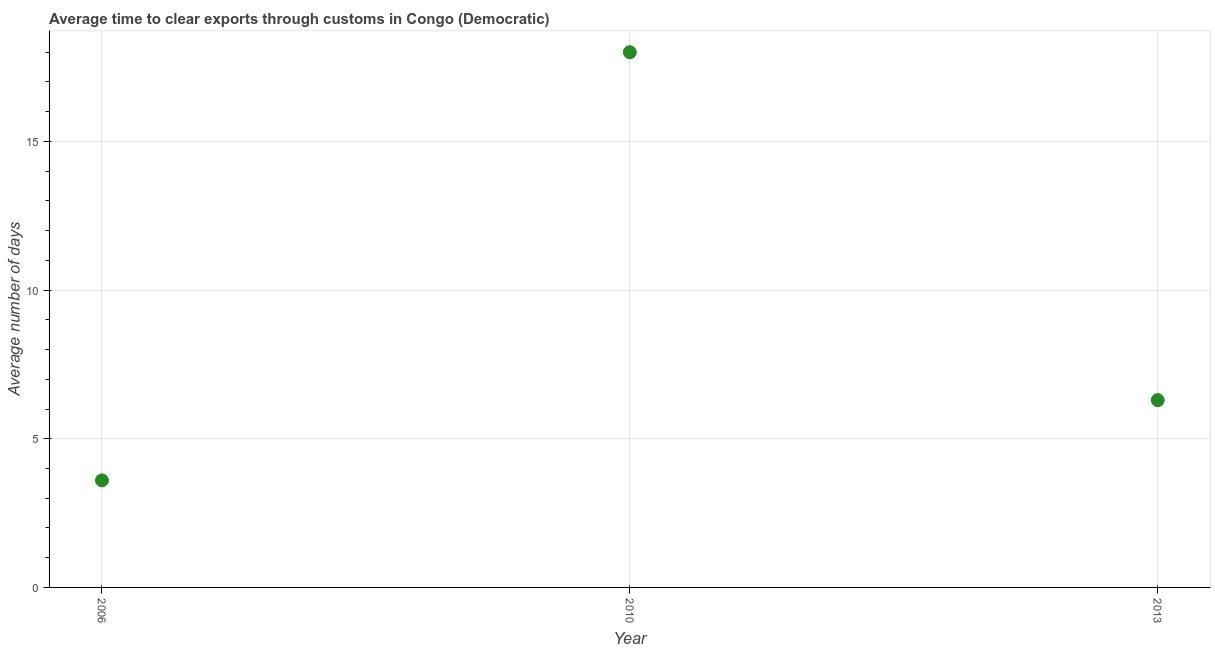
| Year | Time to clear exports through customs |
 | --- | --- |
 | 2006 | 3.6 |
 | 2010 | 18 |
 | 2013 | 6.3 |